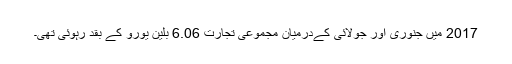
2017 میں جنوری اور جولائی کےدرمیان مجموعی تجارت 6.06 بلین یورو کے بقد رہوئی تھی۔